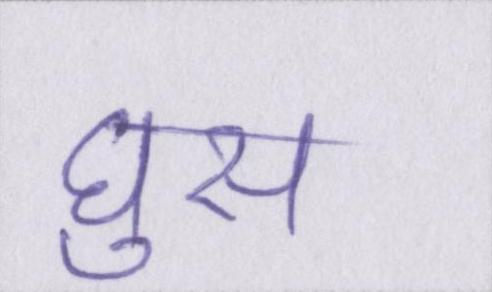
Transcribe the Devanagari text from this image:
घुस